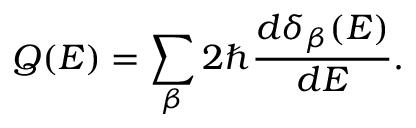
Q ( E ) = \sum _ { \beta } 2 \hbar \frac { d \delta _ { \beta } ( E ) } { d E } .